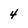
Character: 4